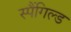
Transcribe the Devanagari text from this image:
स्पैंगिल्ड